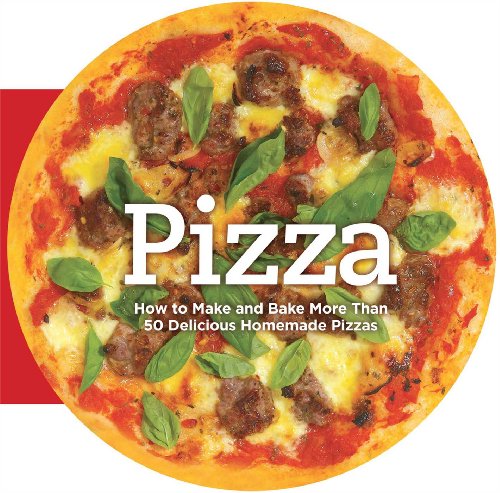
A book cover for Pizza: How to Make and Bake More Than 50 Delicious Homemade Pizzas; Carla Bardi; Cookbooks, Food & Wine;